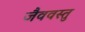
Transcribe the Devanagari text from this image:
जैववस्तु